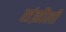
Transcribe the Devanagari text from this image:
संझौली